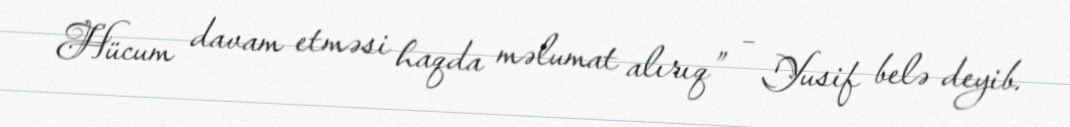
Hücum davam etməsi haqda məlumat alırıq” – Yusif belə deyib.